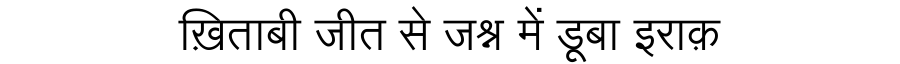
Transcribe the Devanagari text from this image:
ख़िताबी जीत से जश्न में डूबा इराक़